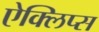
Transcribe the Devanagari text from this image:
ऐक्लिप्स